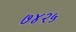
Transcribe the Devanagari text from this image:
७४२५